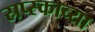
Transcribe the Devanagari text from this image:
स्रप्स्काच्या